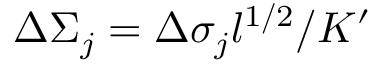
\Delta \Sigma _ { j } = \Delta \sigma _ { j } l ^ { 1 / 2 } / K ^ { \prime }